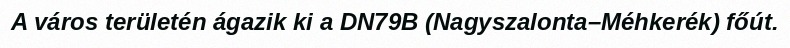
A város területén ágazik ki a DN79B (Nagyszalonta–Méhkerék) főút.